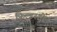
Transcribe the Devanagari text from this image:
फिल्डस्टोन